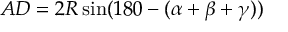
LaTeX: A D = 2 R \sin ( 1 8 0 - ( \alpha + \beta + \gamma ) )